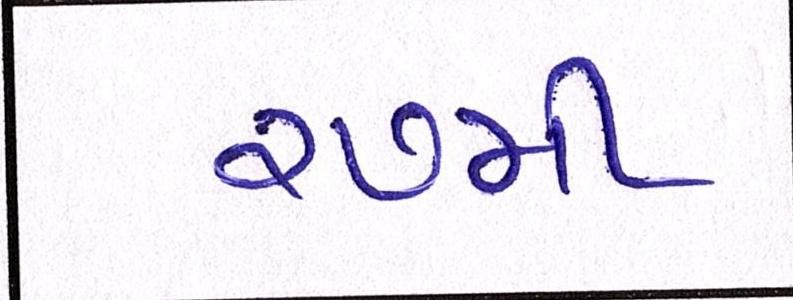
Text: ૨૭મી